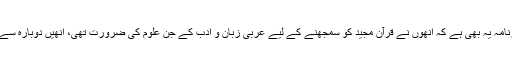
فراہی صاحب کا ایک قابل ذکرکارنامہ یہ بھی ہے کہ انھوں نے قرآن مجید کو سمجھنے کے لیے عربی زبان و ادب کے جن علوم کی ضرورت تھی، انھیں دوبارہ سے مرتب و مدون کرنے کا آغاز کیا۔